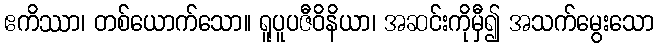
ဧကိဿာ၊ တစ်ယောက်သော။ ရူပူပဇီဝိနိယာ၊ အဆင်းကိုမှီ၍ အသက်မွေးသော